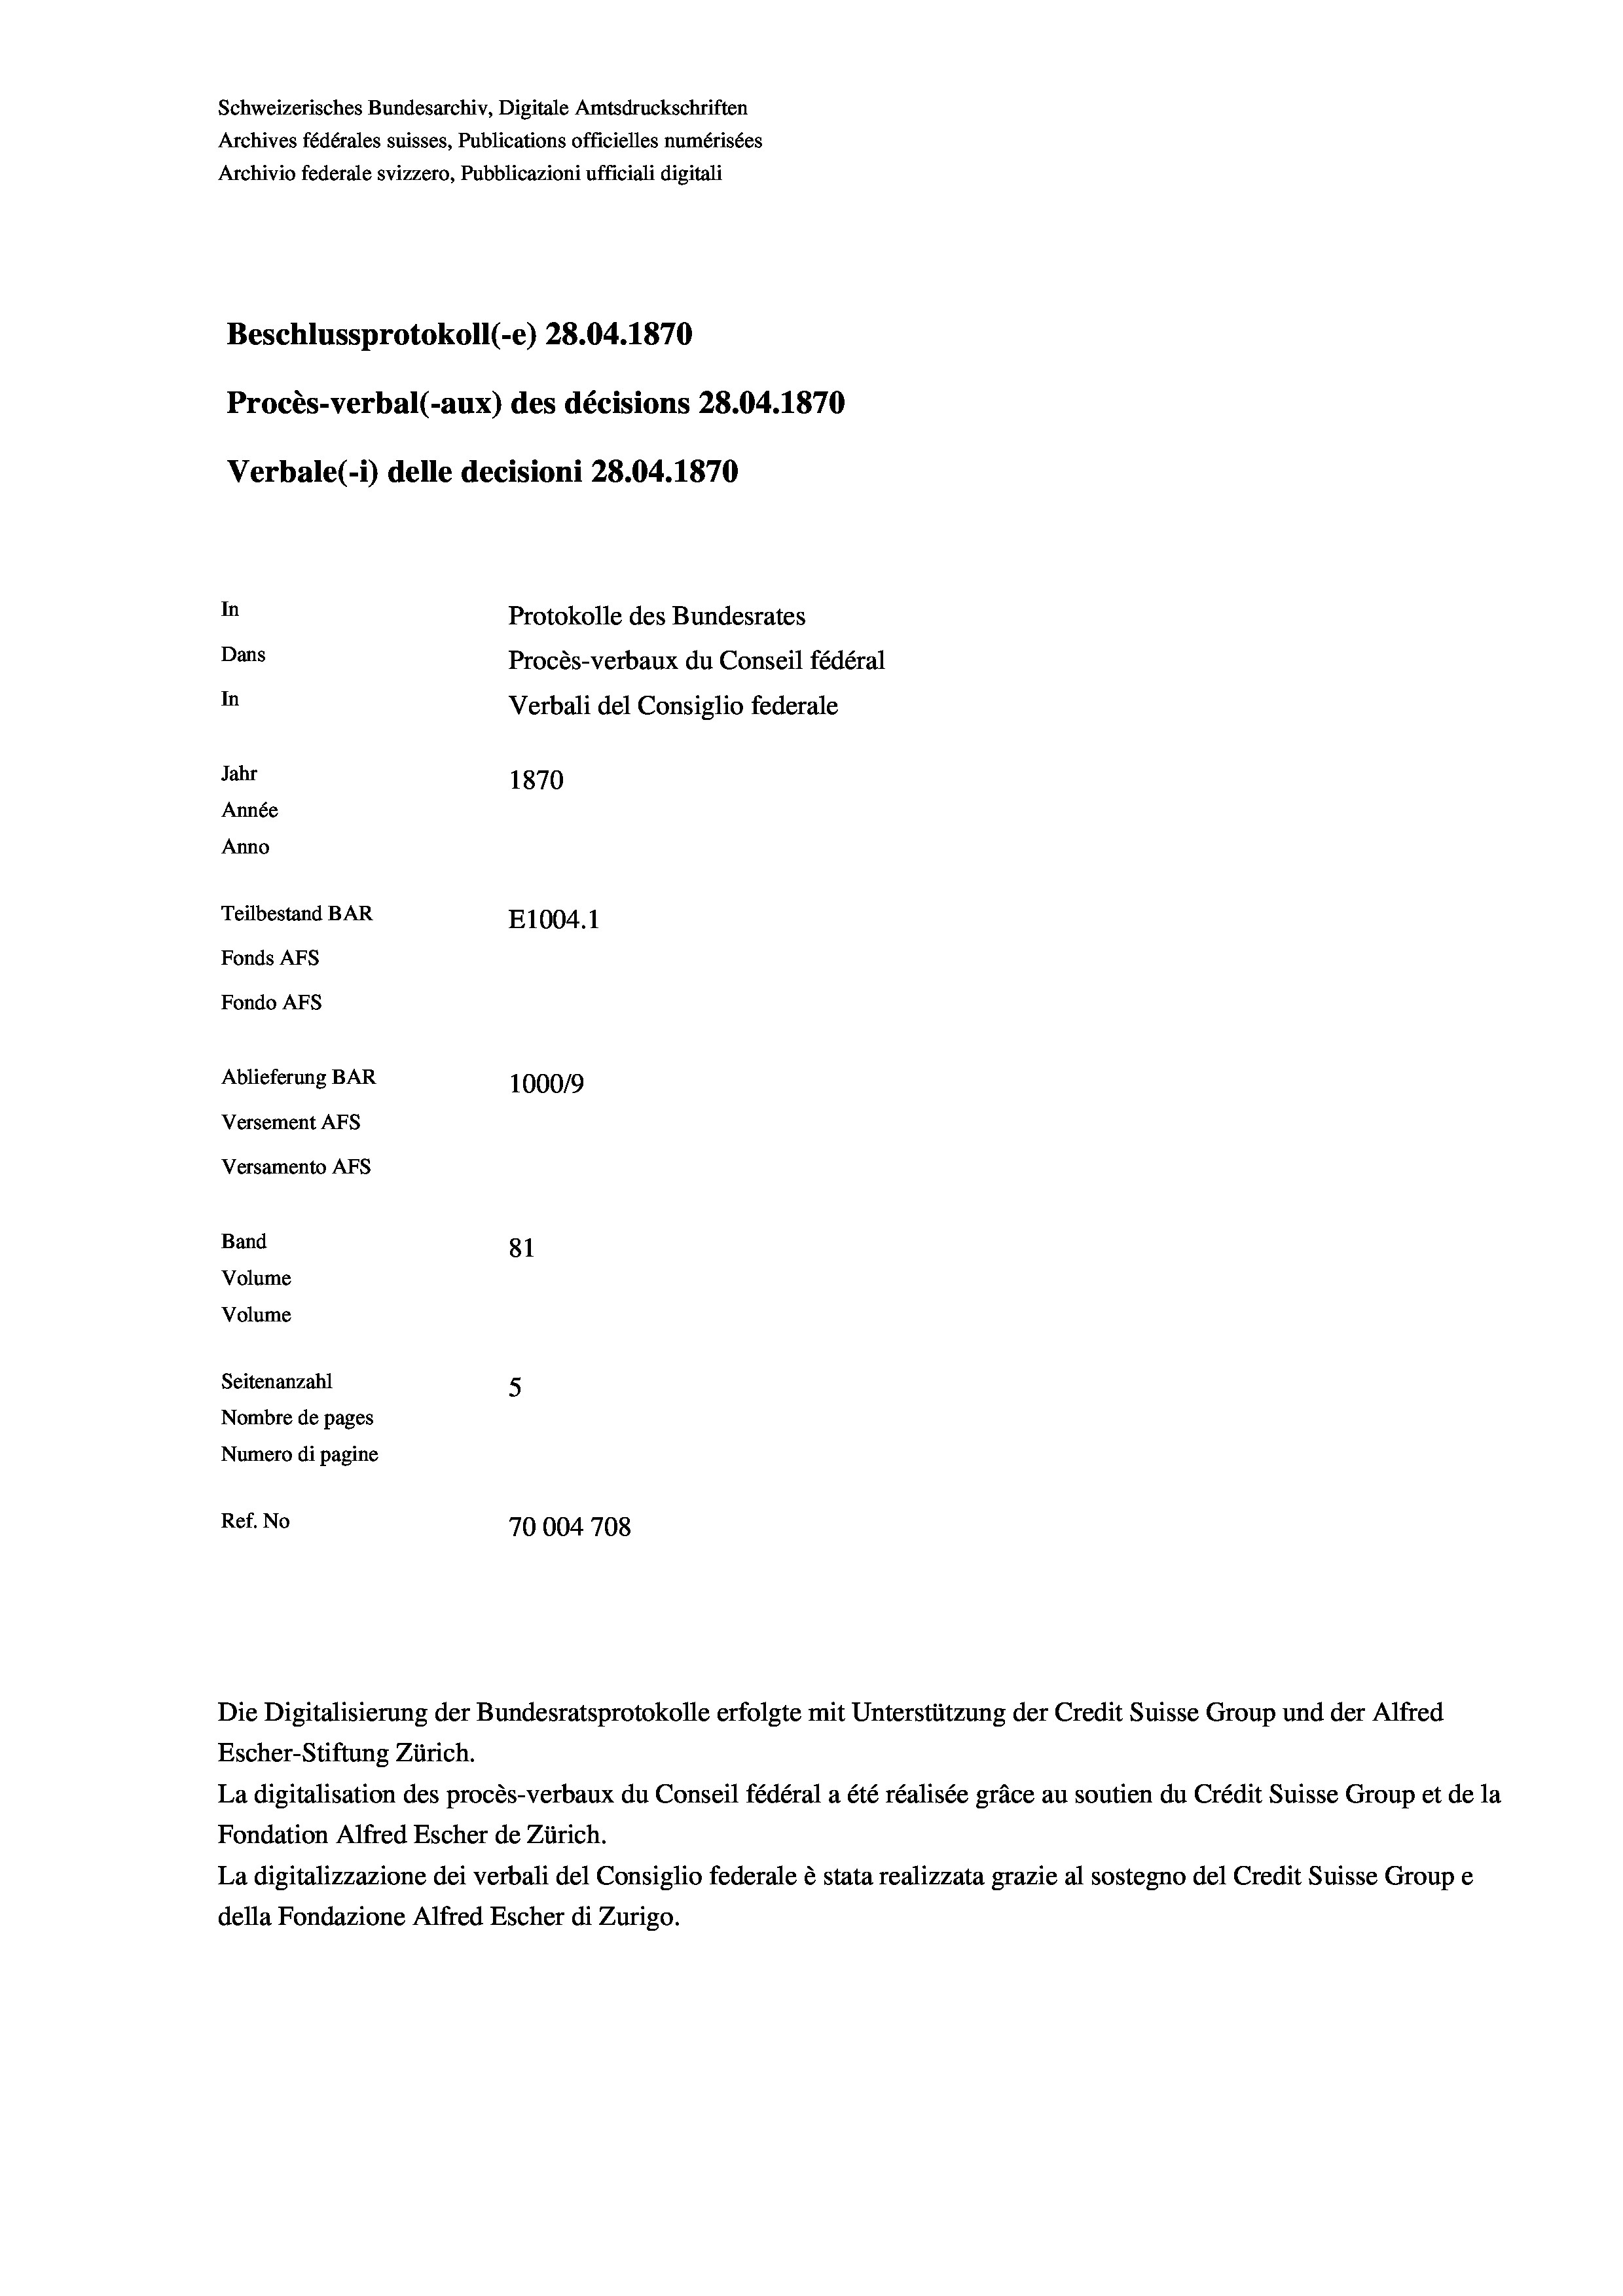
Schweizerisches Bundesarchiv, Digitale Amtsdruckschriften
Archives fédérales suisses, Publications officielles numérisées
Archivio federale svizzero, Pubblicazioni ufficiali digitali
Beschlussprotokoll (-e) 28.04. 1870
Procès-verbal (-aux) des décisions 28.04. 1870
Verbale(-*) delle decisioni 28.04. 1870
In
Protokolle des Bundesrates
Dans
Procès-verbaux du Conseil fédéral
In
Verbali del Consiglio federale
Jahr
1870
Année
Anno
Teilbestand BAR
E1004.1
Fonds Afs
Fondo AFs
Ablieferung BAR
100019
Versement Abs
Versamento Afs

81
Seitenanzahl
5
Nombre de pages
Numero di pagine
Ref. No
70004708

Band

Volume
Volume

Escher-Stiftung Zürich.
La digitalisation des procès-verbaux du Conseil fédéral a été réalisée gräce au soutien du Crédit Suisse Group et de la
Fondation Alfred Escher de Zürich.
La digitalizzazione dei verbali del Consiglio federale è stata realizzata grazie al sostegno del Credit Suisse Groupe
della Fondazione Alfred Escher di Zurigo.

Die Digitalisierung der Bundesratsprotokolle erfolgte mit Unterstützung der Credit Suisse Group und der Alfred